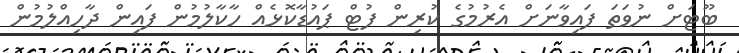
ބޫޓަށް ނުވަތަ ފައިވާނަށް އެރުމުގެ ކުރިން ފުޓް ޕައުޑާކޮޅެއް ހާކާލުމުން ފައިން ދާހިއްލުމުން